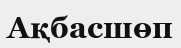
Ақбасшөп